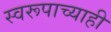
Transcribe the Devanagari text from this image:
स्वरूपाच्याही